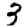
Digit: 3